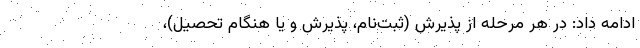
ادامه داد: در هر مرحله از پذیرش (ثبت‌نام، پذیرش و یا هنگام تحصیل)،